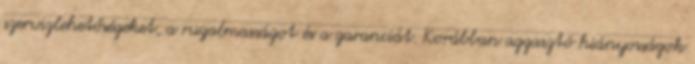
szervizlehetőségeket, a rugalmasságot és a garanciát. Korábban aggasztó hiányosságok